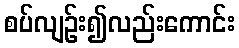
စပ်လျဉ်း၍လည်းကောင်း